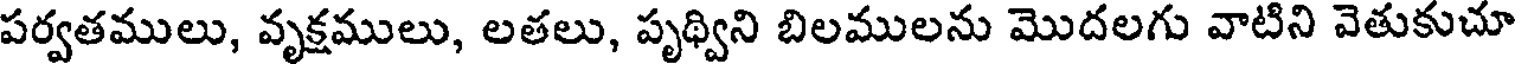
పర్వతములు, వృక్షములు, లతలు, పృథ్విని బిలములను మొదలగు వాటిని వెతుకుచూ